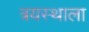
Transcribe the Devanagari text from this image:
त्रयस्थाला